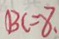
B C = 8